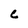
Character: C